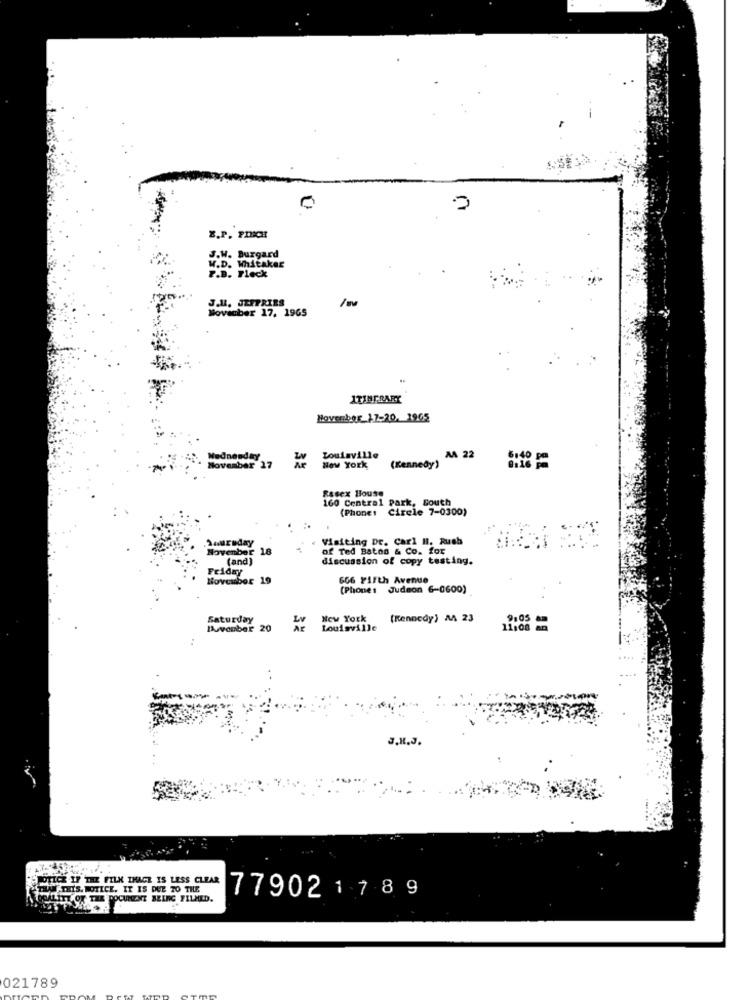
Z.P. PRICE
D.H. Burgard
.D. Whitaker
.B. Fleck
J.M. JEFFRIES
Movauber 17, 1965
ITINERARY
November 17-20. 1965
Wednesday
Louisville
(Kennedy)
MA 22
November 17
New York
Rasex House
160 Central Park, South
(Phone: Cirele 7-0300)
Suureday
Visiting Dr. Carl H. Rush
November 18
of Ted Baton & Co. for
(and)
discussion of copy testing.
Friday
November 19
666 Y11th Avenue
(Phone: Judson 6-0600)
Saturday
New York
(Kennedy) A 23
9,05
Buvonber 20
Louisville
11:08 am
J.H.J.
NOTICE IF THE FILM IMAGE IS LESS CLEAR
TU THIS. NOTICE. IT IS DUE TO THE
OSALITY OF THE DOCUMENT BEING FILMED.
77902 178 9
021789